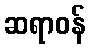
ဆရာဝန်